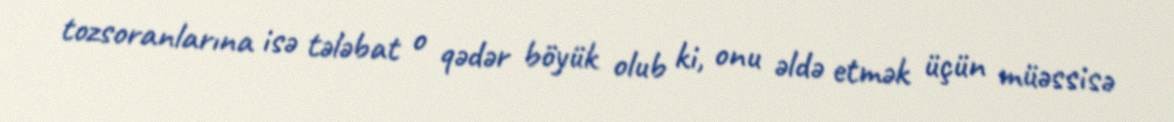
tozsoranlarına isə tələbat o qədər böyük olub ki, onu əldə etmək üçün müəssisə